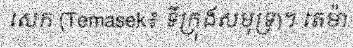
សេក (Temasek៖ ទីក្រុងសមុទ្រ)។ តេម៉ា